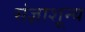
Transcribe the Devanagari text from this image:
संज्ञाशून्य